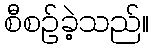
စီစဉ်ခဲ့သည်။